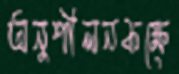
অনুশীলনকক্ষে